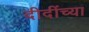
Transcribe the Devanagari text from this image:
दीदींच्या